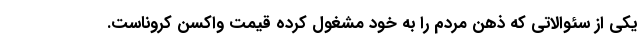
یکی از سئوالاتی که ذهن مردم را به خود مشغول کرده قیمت واکسن کروناست.